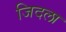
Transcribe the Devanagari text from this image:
जिदला